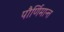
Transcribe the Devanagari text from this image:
पौर्णिमान्त्त